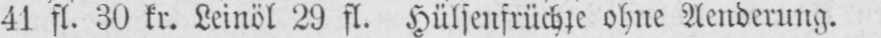
41 fl. 30 kr. Leinöl 29 fl. Hülsenfrüchte ohne Aenderung.